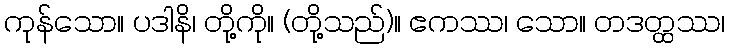
ကုန်သော။ ပဒါနိ၊ တို့ကို။ (တို့သည်)။ ဧကဿ၊ သော။ တဒတ္ထဿ၊